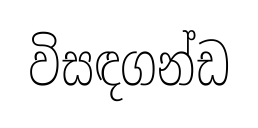
විසඳගන්ඩ